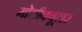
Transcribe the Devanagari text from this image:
मोलीक्यूलर